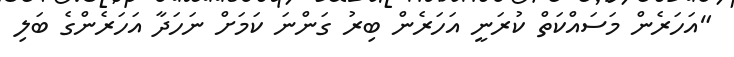
"އަހަރެން މަސައްކަތް ކުރަނީ އަހަރެން ބިރު ގަންނަ ކަމަށް ނަހަދާ އަހަރެންގެ ބަލި